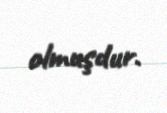
olmuşdur.